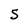
Character: 5